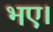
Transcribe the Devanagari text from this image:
भए।